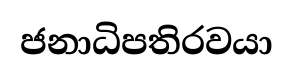
ජනාධිපතිරවයා